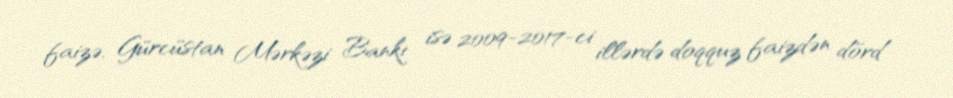
faizə, Gürcüstan Mərkəzi Bankı isə 2009-2017-ci illərdə doqquz faizdən dörd